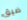
ضيق